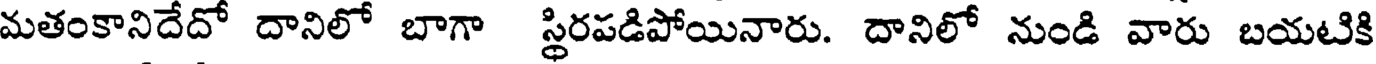
మతంకానిదేదో దానిలో బాగా స్థిరపడిపోయినారు. దానిలో నుండి వారు బయటికి